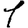
Digit: 1